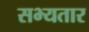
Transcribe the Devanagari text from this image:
सभ्यतार